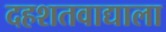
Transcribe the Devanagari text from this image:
दहशतवाद्याला